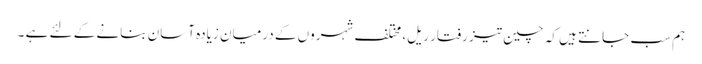
ہم سب جانتے ہیں کہ چین تیز رفتار ریل، مختلف شہروں کے درمیان زیادہ آسان بنانے کے لئے ہے ۔